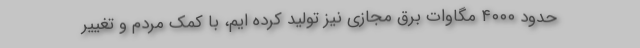
حدود ۴۰۰۰ مگاوات برق مجازی نیز تولید کرده ایم، با کمک مردم و تغییر